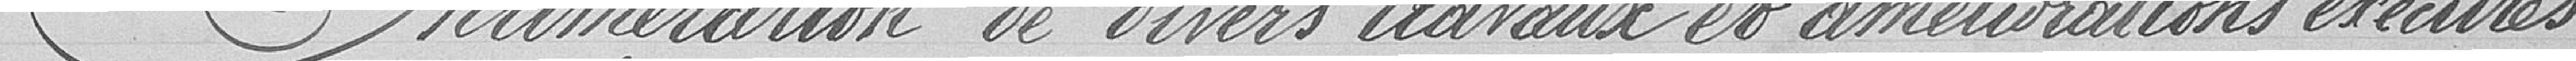
Enumération de divers travaux et amélioration exécutés